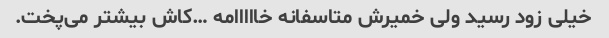
خیلی زود رسید ولی خمیرش متاسفانه خااااامه …کاش بیشتر می‌پخت.